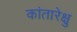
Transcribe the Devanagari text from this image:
कांतारेक्षु